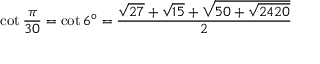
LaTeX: \cot { \frac { \pi } { 3 0 } } = \cot 6 ^ { \circ } = { \frac { { \sqrt { 2 7 } } + { \sqrt { 1 5 } } + { \sqrt { 5 0 + { \sqrt { 2 4 2 0 } } } } } { 2 } }